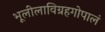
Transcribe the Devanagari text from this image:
भूलीलाविग्रहगोपालं